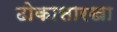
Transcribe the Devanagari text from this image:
ढोकासारखा